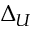
\Delta _ { U }